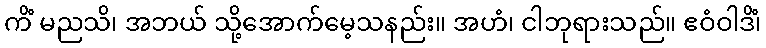
ကိံ မညသိ၊ အဘယ် သို့အောက်မေ့သနည်း။ အဟံ၊ ငါဘုရားသည်။ ဧဝံဝါဒိံ၊